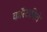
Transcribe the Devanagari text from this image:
काॅस्टाबिले